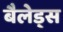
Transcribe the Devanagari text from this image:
बैलेड्स